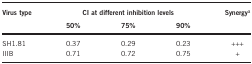
<table><thead><tr><td><b>Virus type</b></td><td colspan="3"><b>CI at different inhibition levels</b></td><td><b>Synergya</b></td></tr><tr><td><b> </b></td><td><b>50%</b></td><td><b>75%</b></td><td><b>90%</b></td><td><b> </b></td></tr></thead><tbody><tr><td>SH1.81</td><td>0.37</td><td>0.29</td><td>0.23</td><td>+++</td></tr><tr><td>IIIB</td><td>0.71</td><td>0.72</td><td>0.75</td><td>+</td></tr></tbody></table>